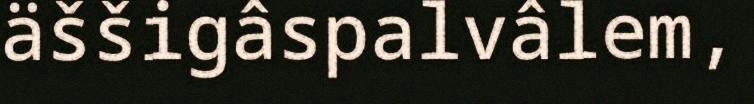
äššigâspalvâlem,